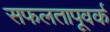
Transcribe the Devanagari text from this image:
सफलतापूवर्क